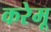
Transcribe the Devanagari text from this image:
करेमू